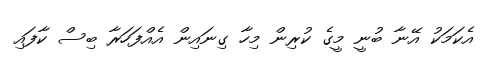
އެކަމަކު އޭނާ ބުނީ މީގެ ކުރިން މިހާ ގިނައިން އެއްފަހަރާ ބިސް ކާފައި